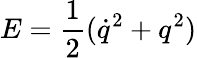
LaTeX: E={\frac{1}{2}}(\dot{q}^{2}+q^{2})